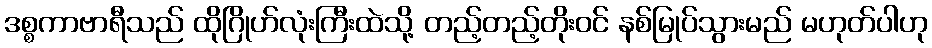
ဒစ္စကာဗာရီသည် ထိုဂြိုဟ်လုံးကြီးထဲသို့ တည့်တည့်တိုးဝင် နစ်မြုပ်သွားမည် မဟုတ်ပါဟု